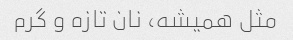
مثل همیشه، نان تازه و گرم